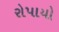
રોપાયો